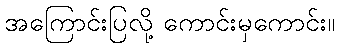
အကြောင်းပြလို့ ကောင်းမှကောင်း။